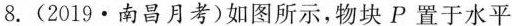
8.（2019·南昌月考）如图所示，物块P置于水平